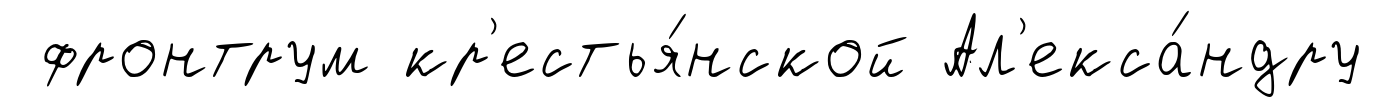
фронтрум кр'естья́нской Ал'екса́ндру